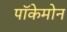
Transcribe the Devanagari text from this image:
पॉकेमोन